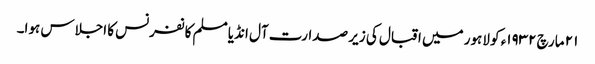
٢١ مارچ ١٩٣٢ء کو لاہور میں اقبال کی زیر صدارت آل انڈیا مسلم کانفرنس کا اجلاس ہوا۔